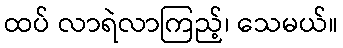
ထပ် လာရဲလာကြည့်၊ သေမယ်။